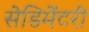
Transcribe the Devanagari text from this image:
सेडिमेंटरी